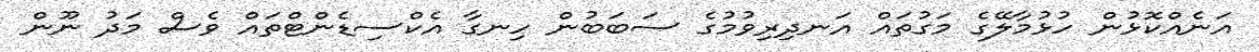
އަނެއްކޮޅުން ހުޅުމާލޭގެ މަގުތައް އަނދިރިވުމުގެ ސަބަބުން ހިނގާ އެކްސިޑެންޓްތައް ވެސް މަދު ނޫން